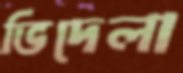
ভিদেলা